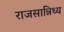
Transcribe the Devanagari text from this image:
राजसान्निध्य